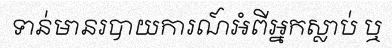
ទាន់មានរបាយការណ៍អំពីអ្នកស្លាប់ ឬ